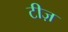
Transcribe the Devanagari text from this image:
टीज़